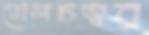
গোলচত্বর